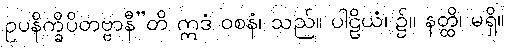
ဥပနိက္ခိပိတဗ္ဗာနီ”တိ ဣဒံ ဝစနံ၊ သည်။ ပါဠိယံ၊ ၌။ နတ္ထိ၊ မရှိ။